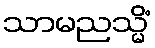
သာမညသ္မိံ